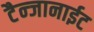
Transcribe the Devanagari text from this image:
टैन्जानाईट